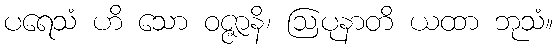
ပရေသံ ဟိ သော ဝဇ္ဇာနိ၊ ဩပုနာတိ ယထာ ဘုသံ။